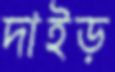
দাইড়